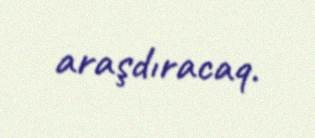
araşdıracaq.